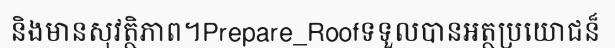
និងមានសុវត្ថិភាព។Prepare_Roofទទួលបានអត្ថប្រយោជន៏